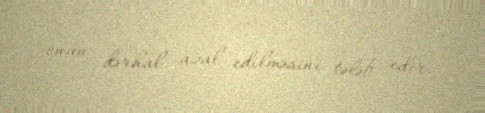
onun dərhal azal edilməsini tələb edir.